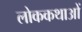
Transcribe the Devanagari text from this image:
लोककथाआें